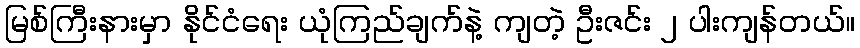
မြစ်ကြီးနားမှာ နိုင်ငံရေး ယုံကြည်ချက်နဲ့ ကျတဲ့ ဦးဇင်း ၂ ပါးကျန်တယ်။